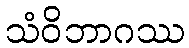
သံဝိဘာဂဿ